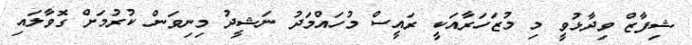
ޝިފާޒް ވިދާޅުވީ މި މުޒަހަރާއަކީ ރައީސް މުހައްމަދު ނަޝީދު މިނިވަން ކުރުމަށް ގޮވާލައި